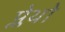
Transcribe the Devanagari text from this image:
प्लेथो